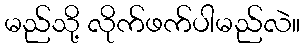
မည်သို့ လိုက်ဖက်ပါမည်လဲ။